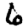
Digit: 6